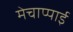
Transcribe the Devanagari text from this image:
मेचाप्पाई